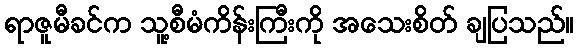
ရာဇူမီခင်က သူ့စီမံကိန်းကြီးကို အသေးစိတ် ချပြသည်။